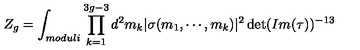
Z _ { g } = \int _ { m o d u l i } \prod _ { k = 1 } ^ { 3 g - 3 } d ^ { 2 } m _ { k } | \sigma ( m _ { 1 } , \cdots , m _ { k } ) | ^ { 2 } \det ( I m ( \tau ) ) ^ { - 1 3 }